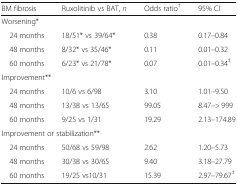
<table><thead><tr><td><b>BM fibrosis</b></td><td><b>Ruxolitinib vs BAT, <i>n</i></b></td><td><b>Odds ratio<sup>†</sup></b></td><td><b>95% CI</b></td></tr></thead><tbody><tr><td colspan="4">Worsening*</td></tr><tr><td> 24 months</td><td>18/51* vs 39/64*</td><td>0.38</td><td>0.17–0.84</td></tr><tr><td> 48 months</td><td>8/32* vs 35/46*</td><td>0.11</td><td>0.01–0.32</td></tr><tr><td> 60 months</td><td>6/23* vs 21/78*</td><td>0.07</td><td>0.01–0.34<sup>‡</sup></td></tr><tr><td colspan="4">Improvement**</td></tr><tr><td> 24 months</td><td>10/6 vs 6/98</td><td>3.10</td><td>1.01–9.50</td></tr><tr><td> 48 months</td><td>13/38 vs 13/65</td><td>99.05</td><td>8.47–&gt; 999</td></tr><tr><td> 60 months</td><td>9/25 vs 1/31</td><td>19.29</td><td>2.13–174.89</td></tr><tr><td colspan="4">Improvement or stabilization**</td></tr><tr><td> 24 months</td><td>50/68 vs 59/98</td><td>2.62</td><td>1.20–5.73</td></tr><tr><td> 48 months</td><td>30/38 vs 30/65</td><td>9.40</td><td>3.18–27.79</td></tr><tr><td> 60 months</td><td>19/25 vs10/31</td><td>15.39</td><td>2.97–79.67<sup>‡</sup></td></tr></tbody></table>